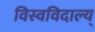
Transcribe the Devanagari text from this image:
विस्वविदाल्य्